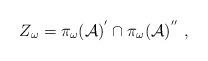
LaTeX: \begin{align*}Z_{\omega} = \pi_{\omega}({\cal A})^{'} \cap \pi_{\omega}({\cal A})^{''} \ ,\end{align*}